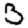
Digit: 3